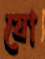
যো